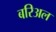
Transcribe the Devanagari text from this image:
बरिअल